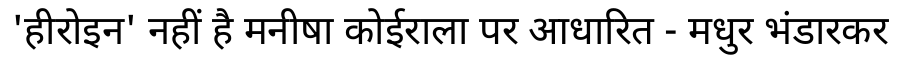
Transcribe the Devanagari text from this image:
'हीरोइन' नहीं है मनीषा कोईराला पर आधारित - मधुर भंडारकर